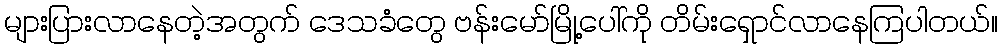
များပြားလာနေတဲ့အတွက် ဒေသခံတွေ ဗန်းမော်မြို့ပေါ်ကို တိမ်းရှောင်လာနေကြပါတယ်။